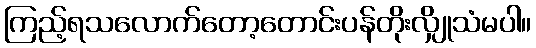
ကြည့်ရသလောက်တော့တောင်းပန်တိုးလျှိုသံမပါ။